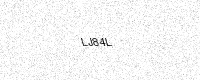
Text: LJ84L